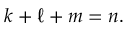
k + \ell + m = n .